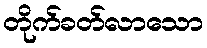
တိုက်ခတ်လာသော